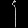
Digit: ၄